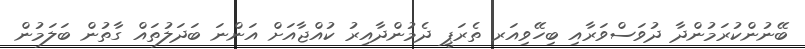
ބޭނުންކުރަމުންދާ ދުވަސްވަރާއި ބިހޭވިއަރ ތެރަޕީ ދެމުންދާއިރު ކުއްޖާއަށް އަންނަ ބަދަލުތައް ގާތުން ބަލަމުން